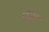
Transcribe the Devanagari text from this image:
एंता